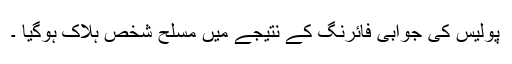
پولیس کی جوابی فائرنگ کے نتیجے میں مسلح شخص ہلاک ہوگیا ۔